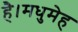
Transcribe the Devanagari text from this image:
है।मधुमेह